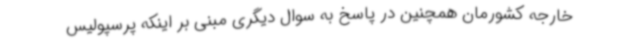
خارجه کشورمان همچنین در پاسخ به سوال دیگری مبنی بر اینکه پرسپولیس